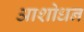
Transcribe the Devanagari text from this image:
आशोधन